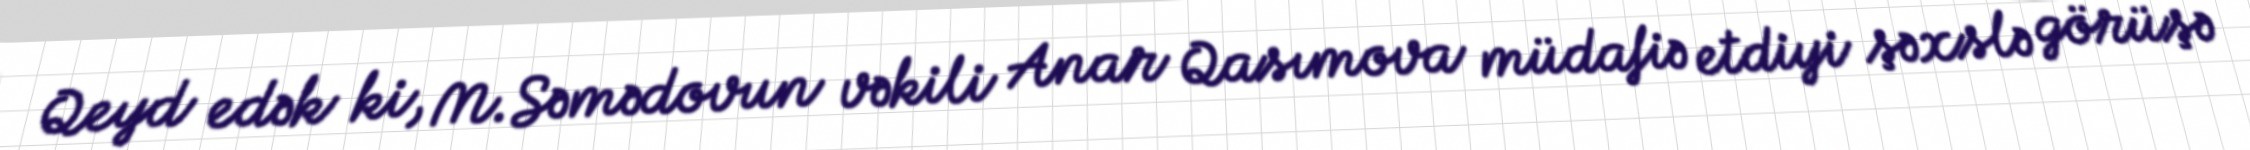
Qeyd edək ki, M.Səmədovun vəkili Anar Qasımova müdafiə etdiyi şəxslə görüşə